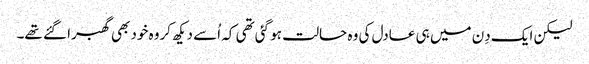
لیکن ایک دِن میں ہی عادل کی وہ حالت ہو گئی تھی کہ اُسے دیکھ کروہ خود بھی گھبرا گئے تھے۔